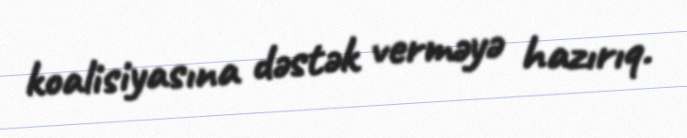
koalisiyasına dəstək verməyə hazırıq.